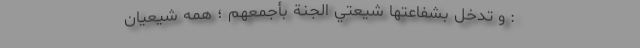
: و تَدخُلُ بِشَفاعَتِها شِيعَتي الجَنَّةَ بِأجمَعِهِم ؛ همه شيعيان